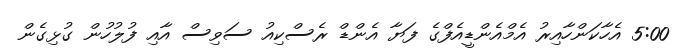
5:00 އެހާކަންހާއިރު އެމްއެންޑީއެފްގެ ފަޔާ އެންޑް ރެސްކިއު ސަވިސް އާއި ފުލުހުން ގުޅިގެން